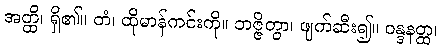
အတ္ထိ၊ ရှိ၏။ တံ၊ ထိုမာန်ကင်းကို။ ဘဇ္ဇိတွာ၊ ဖျက်ဆီး၍။ ဝန္ဒနတ္ထ၊